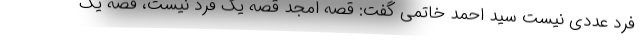
فرد عددی نیست سید احمد خاتمی گفت: قصه امجد قصه یک فرد نیست، قصه یک